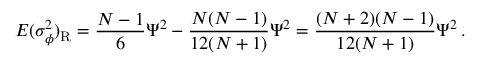
E ( \sigma _ { \phi } ^ { 2 } ) _ { \mathrm R } = { \frac { N - 1 } { 6 } } \Psi ^ { 2 } - { \frac { N ( N - 1 ) } { 1 2 ( N + 1 ) } } \Psi ^ { 2 } = { \frac { ( N + 2 ) ( N - 1 ) } { 1 2 ( N + 1 ) } } \Psi ^ { 2 } \, .